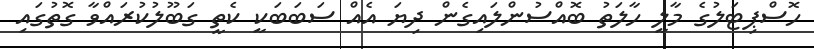
ހޮސްޕިޓަލުގެ މާލީ ހާލަތު ބޮއްސުންލައިގެން ދިޔަ އެއް ސަބަބަކީ ކެތީ ގަބޫލުކުރައްވާ ގޮތުގައި